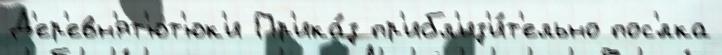
Д'ер'евн'ят'ют'юк'и Пр'ика́з пр'ибл'из'и́т'ельно пос'́лка